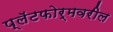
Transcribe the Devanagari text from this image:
प्लॅटफोर्मवरील